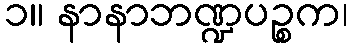
၁။ နာနာဘဏ္ဍပဉ္စက၊